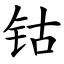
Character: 钴